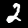
Digit: 2